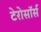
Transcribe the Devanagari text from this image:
टेरोसॉर्स